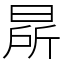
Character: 㫹